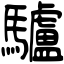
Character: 驢